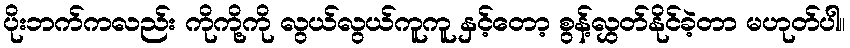
ပိုးဘက်ကလည်း ကိုကို့ကို လွယ်လွယ်ကူကူ နှင့်တော့ စွန့်လွှတ်နိုင်ခဲ့တာ မဟုတ်ပါ။